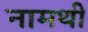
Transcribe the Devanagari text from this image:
नामथी